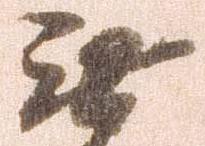
無